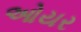
ઓયર